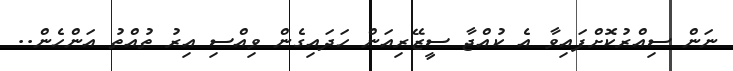
ނަން ސިއްރުކޮށްފައިވާ އެ ކުއްޖާ ސީޒޭރިއަން ހަދައިގެން ވިއްސި އިރު ތުއްތު އަންހެން..